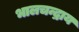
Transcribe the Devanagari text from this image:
भालचन्द्राय